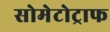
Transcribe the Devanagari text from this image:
सोमेटोट्राफ